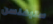
ستيفنسن